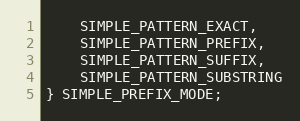
Language: C
    SIMPLE_PATTERN_EXACT,
    SIMPLE_PATTERN_PREFIX,
    SIMPLE_PATTERN_SUFFIX,
    SIMPLE_PATTERN_SUBSTRING
} SIMPLE_PREFIX_MODE;